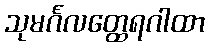
သုမင်္ဂလတ္ထေရဂါထာ